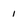
Character: 1